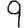
Digit: 9